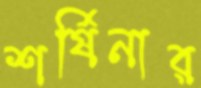
শর্ষিনার